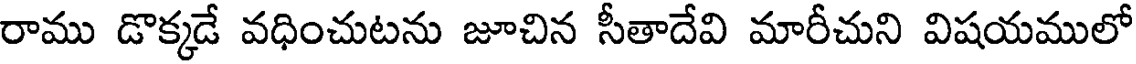
రాము డొక్కడే వధించుటను జూచిన సీతాదేవి మారీచుని విషయములో